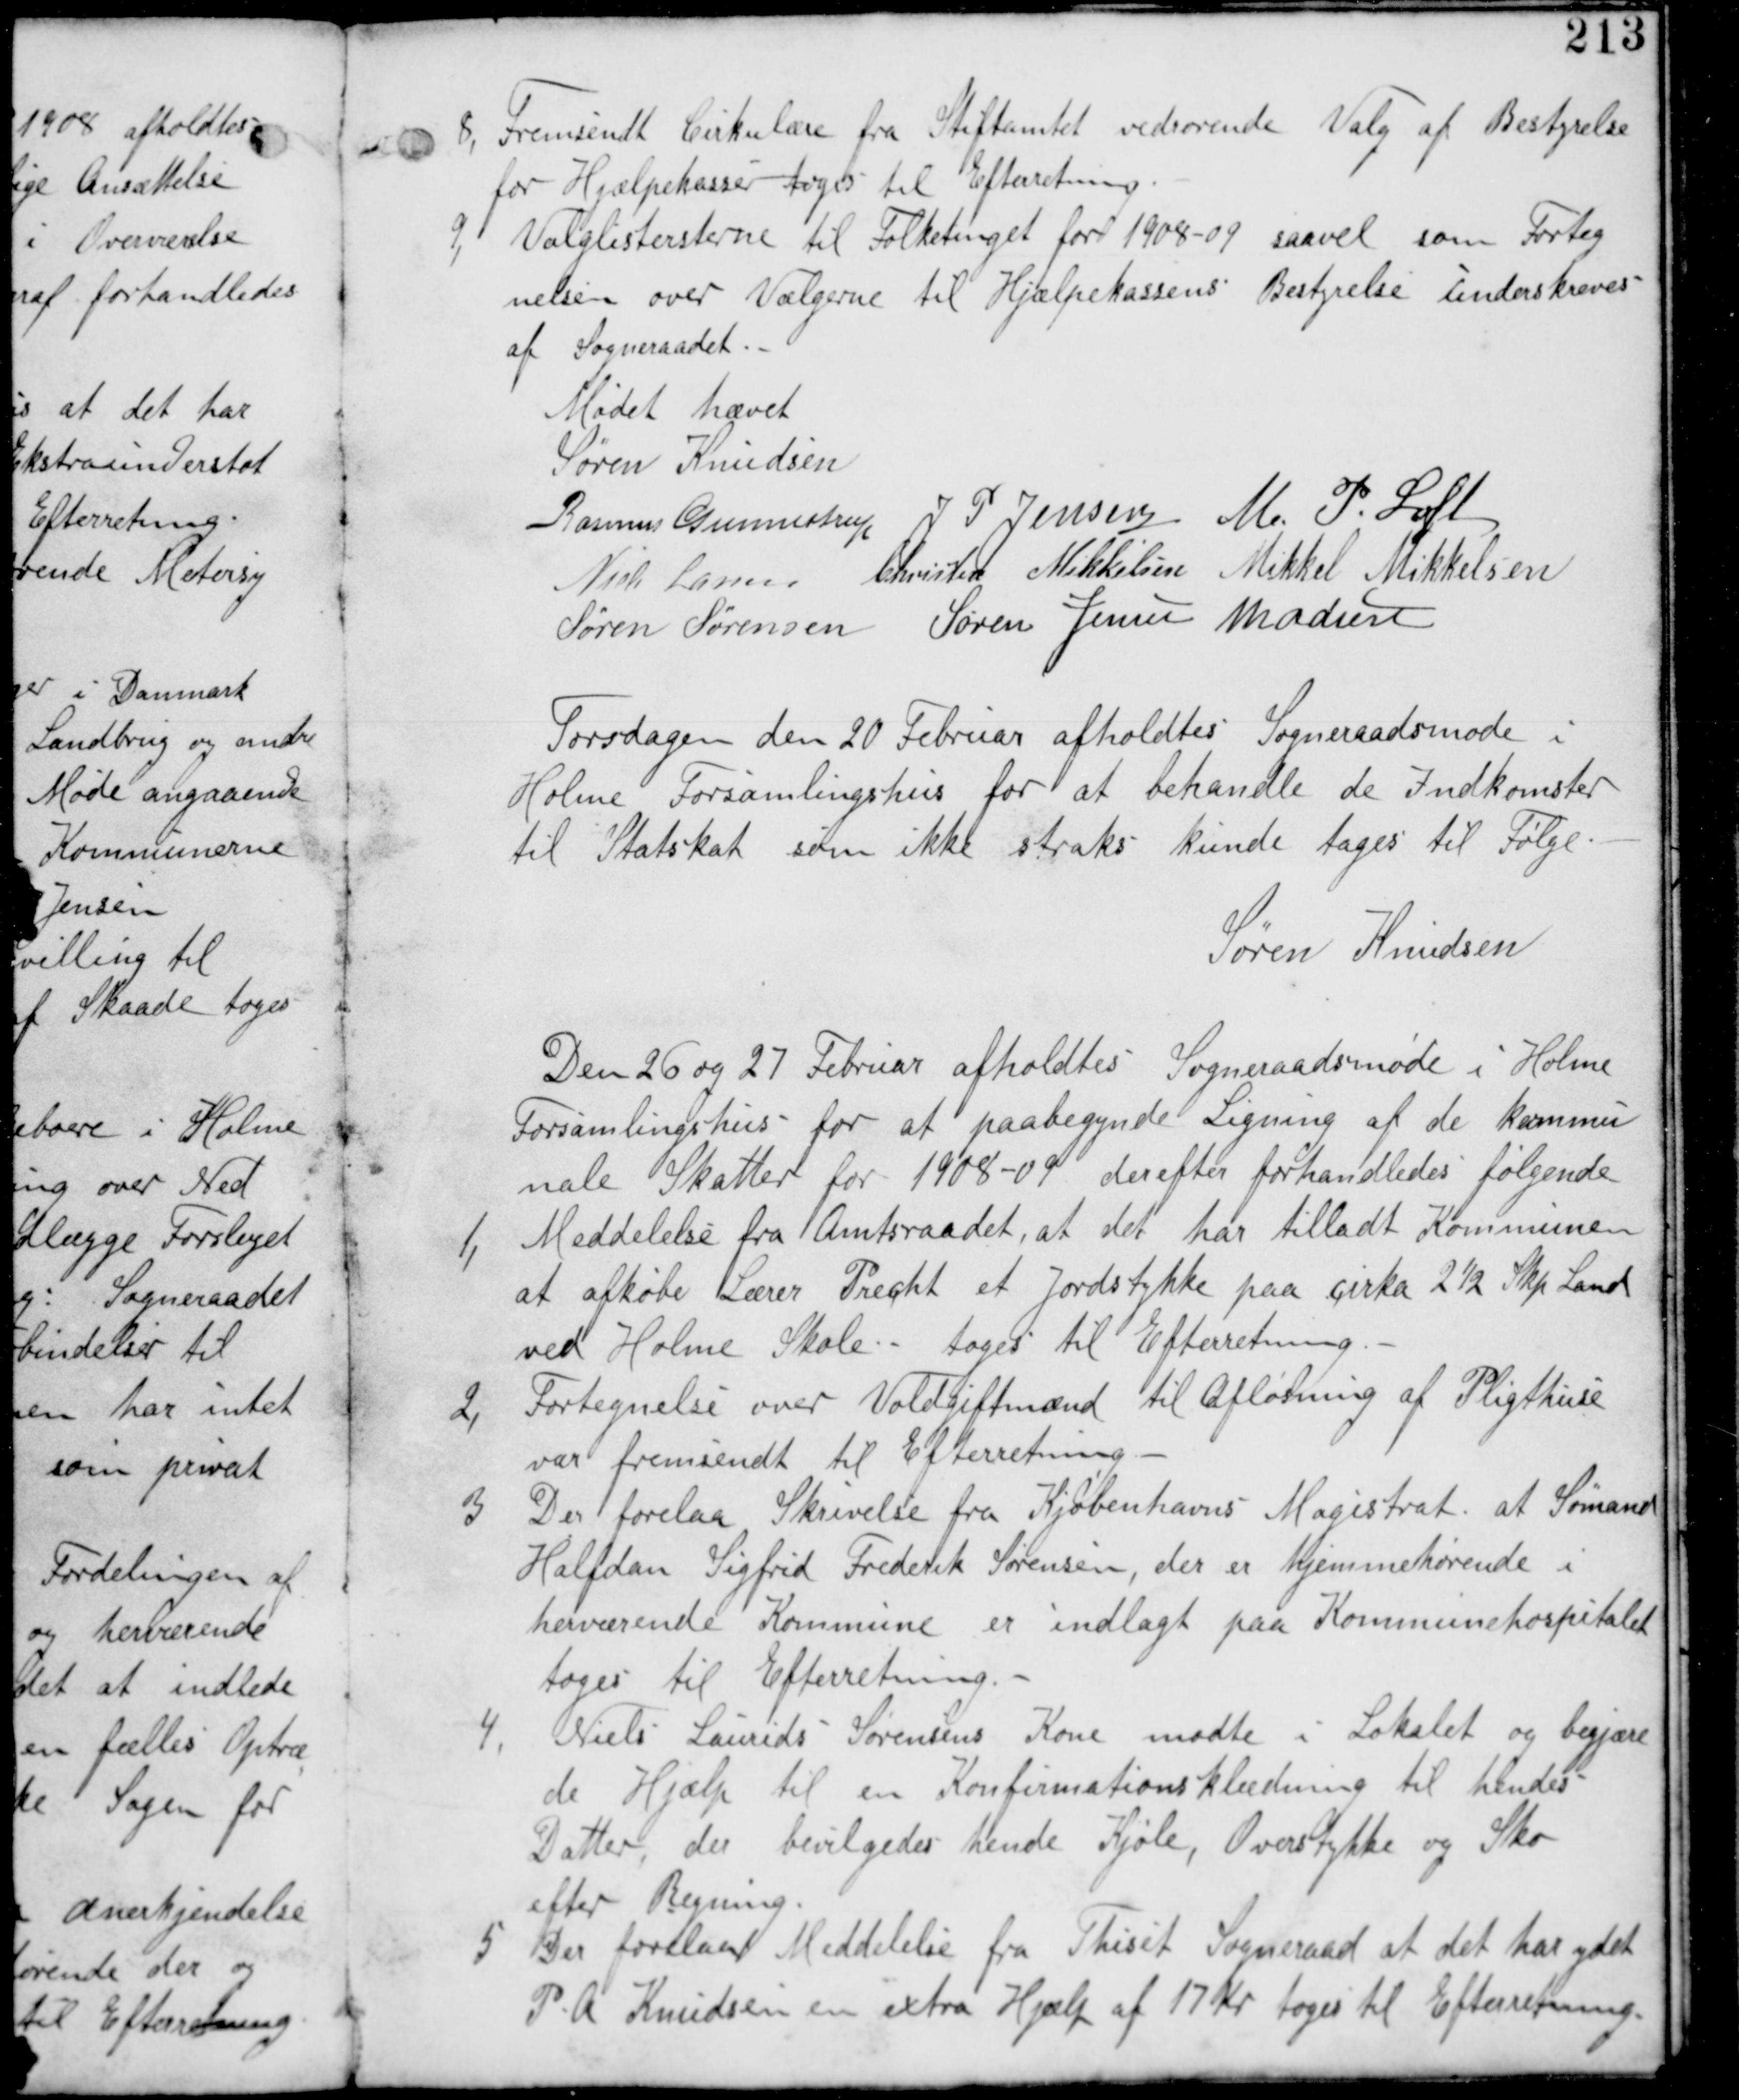
Transskription:
8, Fremsendt Cirkulære fra Stiftamtet vedrørende Valg af Bestyrelse
for Hjælpekasser tages til Efterretning.

9, Valglisterne til Folketinget for 1908-09 saavel som Forteg
nelsen over Vælgerne til Hjælpekassens Bestyrelse underskreves
af Sogneraadet.

Mødet hævet
Søren Knudsen
Rasmus Gunnestrup J P Jensen M P Loft
Niels Larsen Christian Mikkelsen Mikkel Mikkelsen
Søren Sørensen Søren Jensen Madsen

Fredagen den 20 Februar afholdes Sogneraadsmøde i
Holme Forsamlingshus for at behandle de Indkomster
til Statsskat som ikke straks kunde tages til Følge
Søren Knudsen

Den 26 og 27 Februar afholdtes Sogneraadsmøde i Holme
Forsamlingshus for at paabegynde Ligning af de Kommu
nale Skatter for 1908-09 derefter forhandledes følgende

1,
Meddelelse fra Amtsraadet, at det har tilladt Kommunen
at afkøbe Lærer Precht et Jordstykke paa cirka 2½ Skp Land
ved Holme Skole - tages til Efterretning.

2,
Fortegnelse over Voldgiftsmænd til Afløsning af Pligthuse
var fremsendt til Efterretning.

3,
Der forelaa Skrivelse fra Kjøbenhavns Magistrat at Sømand
Halfdan Sigfrid Frederik Sørensen, der er hjemmehørende i
herværrende Kommune er indlagt paa Kommunehospitalet
tages til Efterretning.

4, Niels Laurids Sørensens Kone mødte i Lokalet og begjære
de Hjælp til en Konfirmationsklædning til hendes
Datter, der bevilgedes hende Kjole, Overstykke og Sko
efter Regning.

5
Der forelaa Meddelelse fra Thiset Sogneraad at det har ydet
P A Knudsen en extra Hjælp af 17 Kr tages til Efterretning.